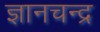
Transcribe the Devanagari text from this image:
ज्ञानचन्द्र